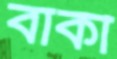
বাকী